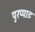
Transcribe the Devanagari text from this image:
पुरप्पाड